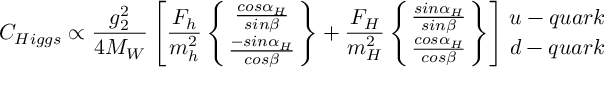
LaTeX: C _ { H i g g s } \propto { \frac { g _ { 2 } ^ { 2 } } { 4 M _ { W } } } \left[ { \frac { F _ { h } } { m _ { h } ^ { 2 } } } \left\{ { \frac { c o s \alpha _ { H } } { s i n \beta } } \atop { \frac { - s i n \alpha _ { H } } { c o s \beta } } \right\} + { \frac { F _ { H } } { m _ { H } ^ { 2 } } } \left\{ { \frac { s i n \alpha _ { H } } { s i n \beta } } \atop { \frac { c o s \alpha _ { H } } { c o s \beta } } \right\} \right] { u - q u a r k \atop d - q u a r k }